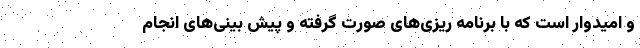
و امیدوار است که با برنامه ریزی‌های صورت گرفته و پیش بینی‌های انجام